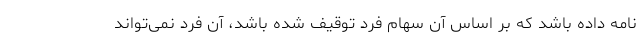
نامه داده باشد که بر اساس آن سهام فرد توقیف شده باشد، آن فرد نمی‌تواند